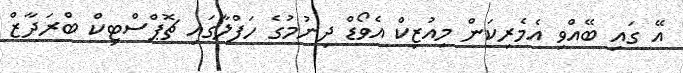
އޭ ގައި ބޭއްވި އެމެރިކަން މިއުޒިކް އެވޯޑް ދިނުމުގެ ހަފްލާގައި ޗޮޕްސްޓިކް ބްރަދާޒް